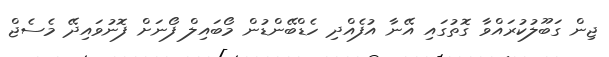
ޖިން ގަބޫލުކުރައްވާ ގޮތުގައި އޭނާ އުފެއްދި ހެޑްބޭންޑުން މޯބައިލް ފޯނަށް ފޮނުވައިދޭ މެސެޖް